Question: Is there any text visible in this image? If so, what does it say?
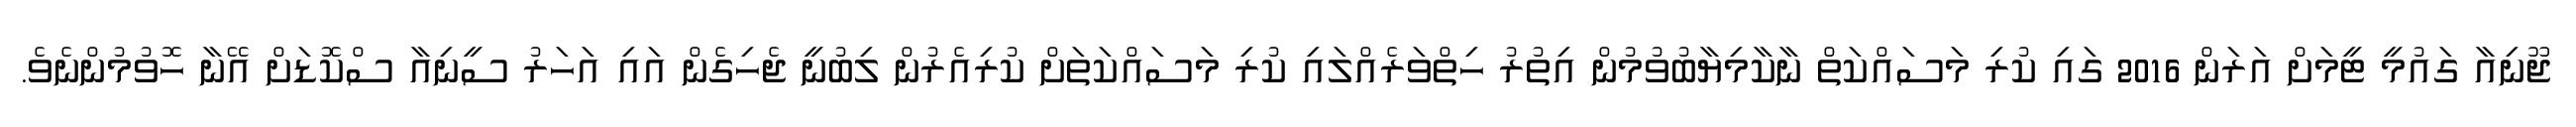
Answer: ޖޫނިއާ ގައުމީ ޓީމަށް އަރަން 2016 ގައި ކުރި މަސައްކަތް ނާކާމިޔާބުވުމުން އިތުރު ހިތްވަރެއްލައި ކުރި މަސައްކަތަށް ކުރިއެރުން ލިބުނީ ޖެހިގެން އައި އަހަރު ސީނިއާ ސްކޮޑަށް އޭނާ ހޮވުމުންނެވެ.